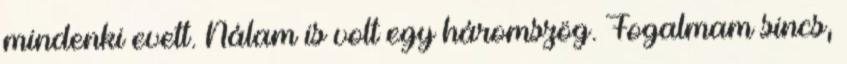
mindenki evett. Nálam is volt egy háromszög. Fogalmam sincs,